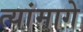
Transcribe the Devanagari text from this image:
त्यांमागे